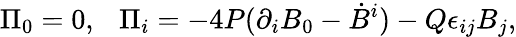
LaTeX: \Pi_{0}=0,~~~\Pi_{i}=-4P(\partial_{i}B_{0}-\dot{B}^{i})-Q\epsilon_{ij}B_{j},